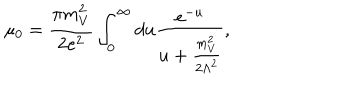
\mu _ { 0 } = \frac { \pi m _ { V } ^ { 2 } } { 2 e ^ { 2 } } \int _ { 0 } ^ { \infty } d u \frac { e ^ { - u } } { u + \frac { m _ { V } ^ { 2 } } { 2 \Lambda ^ { 2 } } } ,